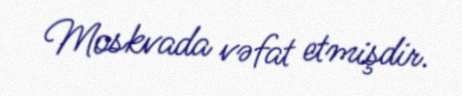
Moskvada vəfat etmişdir.